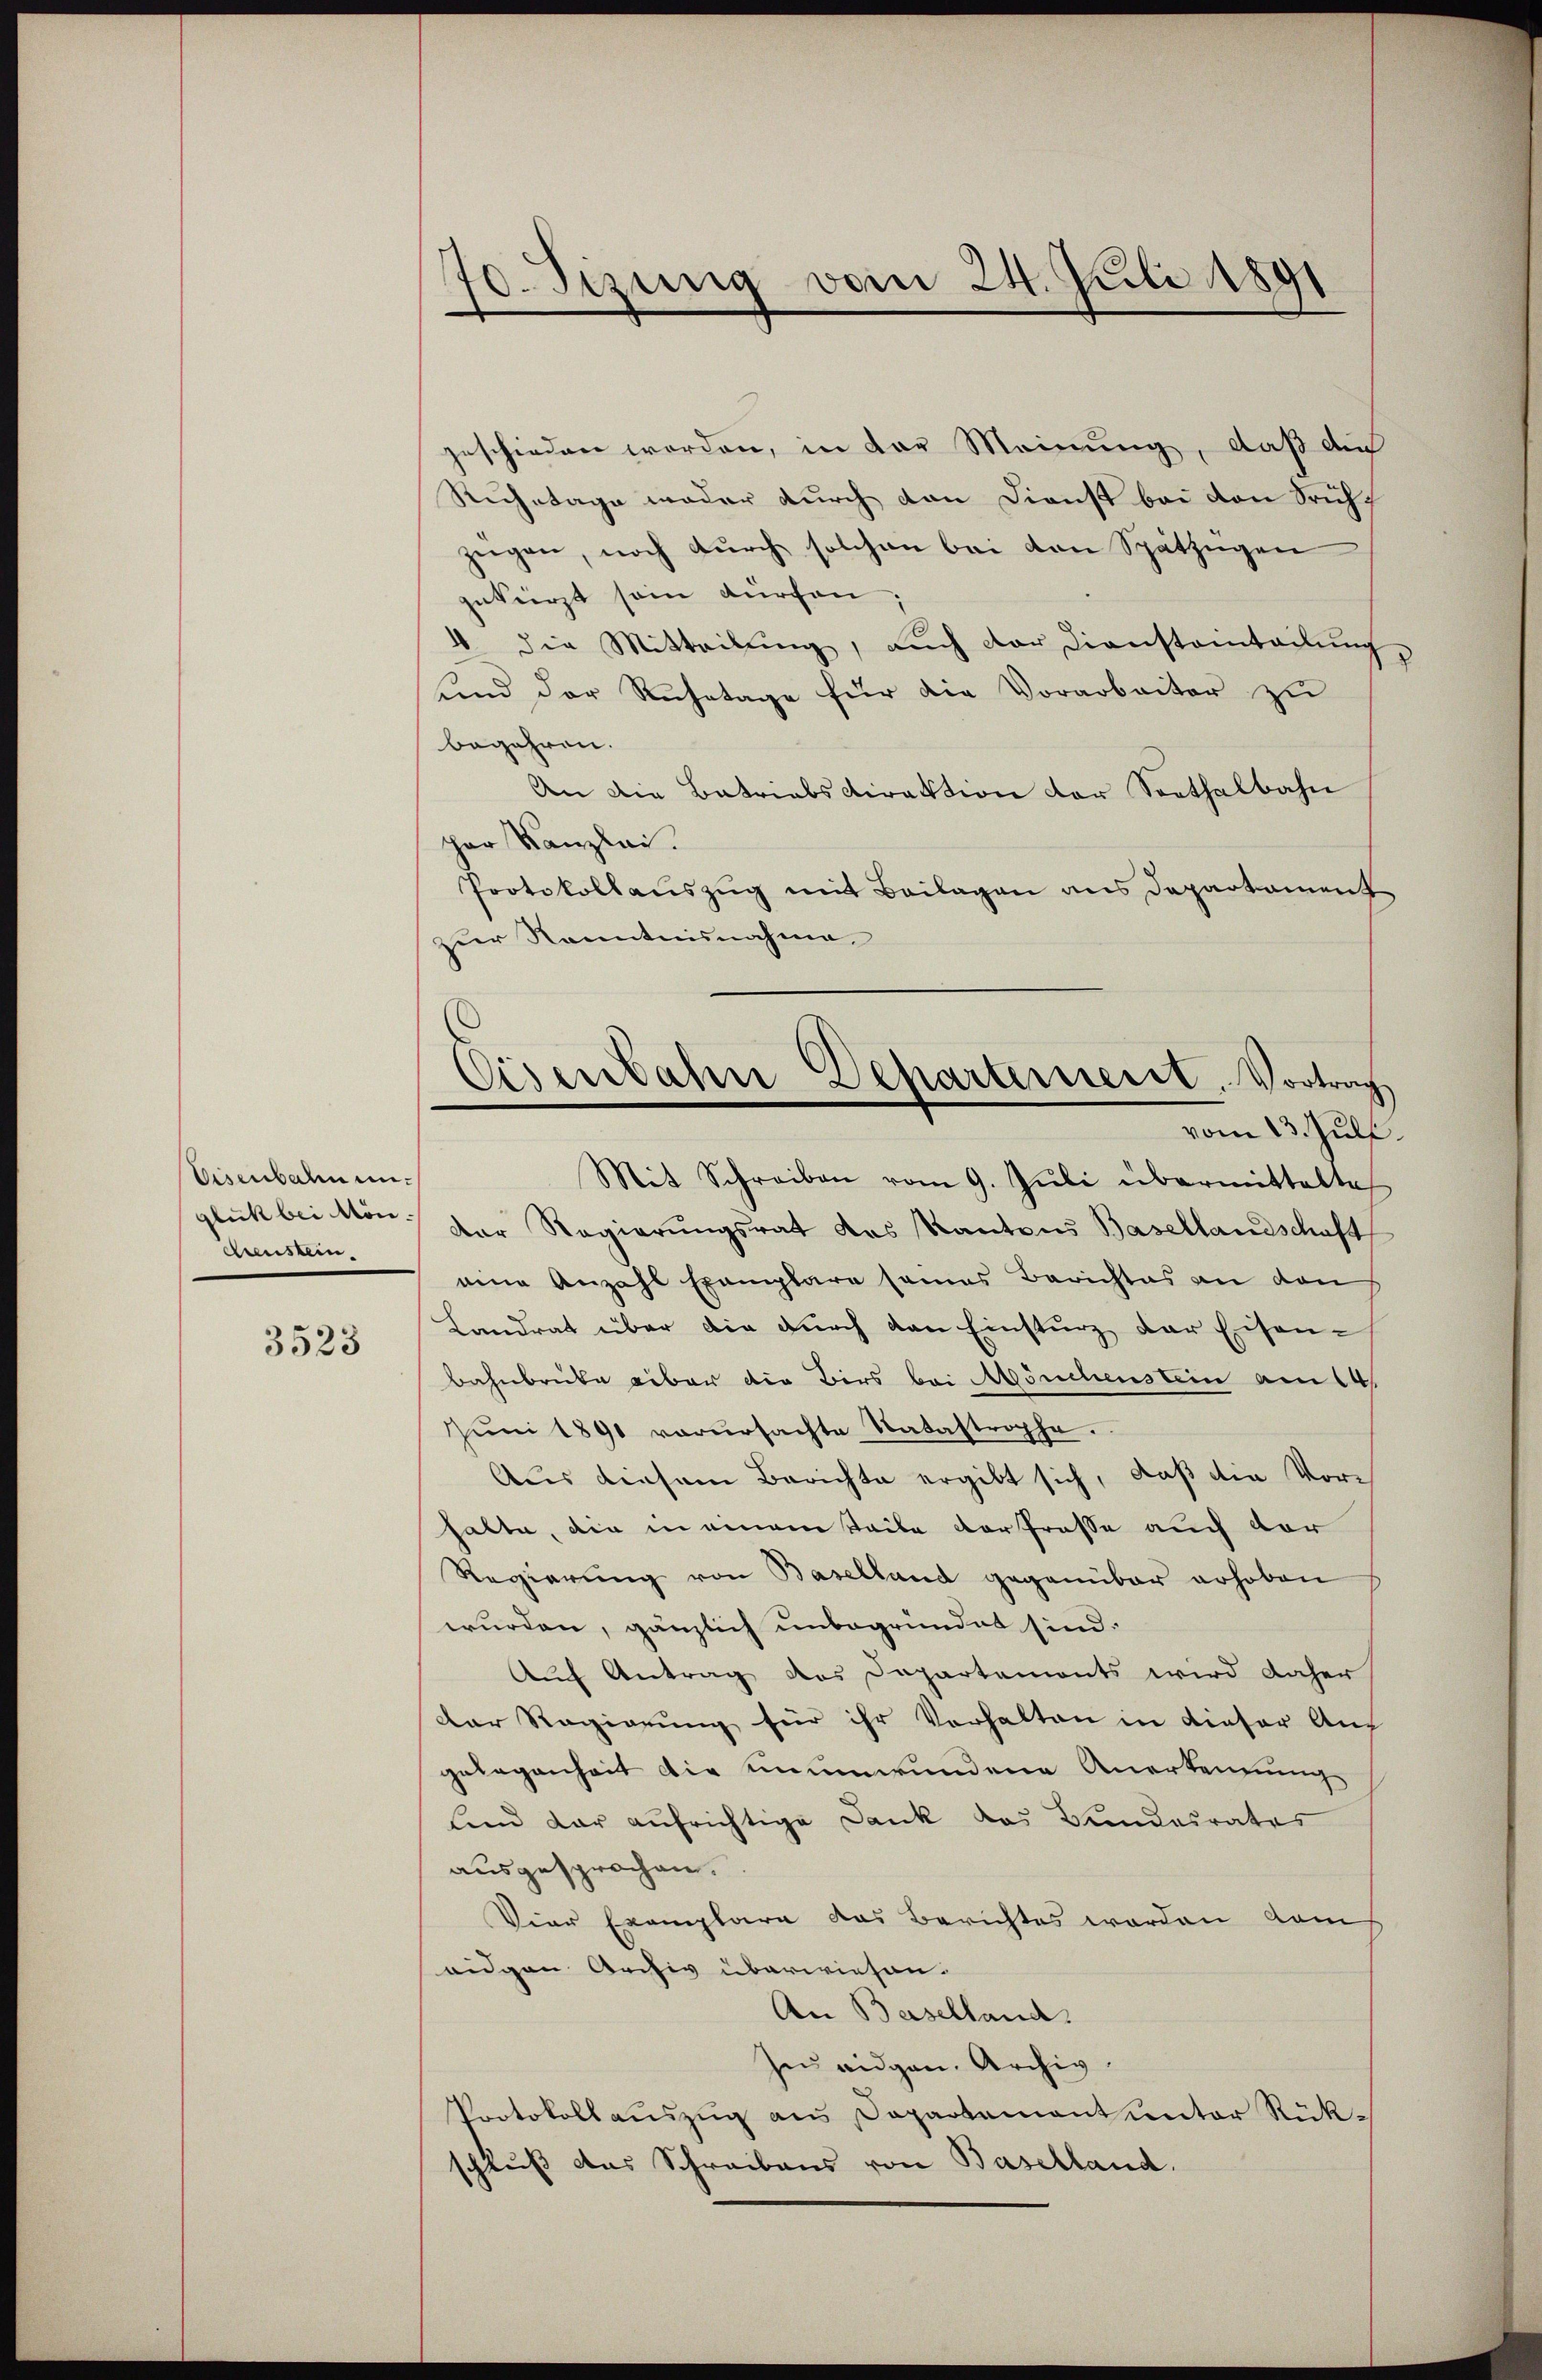
Eisenbahn unchenstein.

3523

70. Sizung vom 24. Juli 1891

geschieden worden, in der Meinung, daß die
Ruhetage weder durch den Dienst bei den Sich
zügen, noch durch solchen bei den Spätzügen
gekürzt sein dürchen:
4. die Mitteilŭng, aŭch der Diensteinteilŭng
find der Ruhetage für die Vorarbeiter zŭ
begehren.
An die Betriebsdirektion der Sorthalbahn
cher Kanzlei.
Protokollauszug mit Beilagen aus Departament
zur Kenntnisnahme
Mit Schreiben vom 9. Jŭli übermittelte
glich bei von der Regierungsrat das Kantons Basellandschaft
eine Anzahl Exemplare seines Berichtes an dan
Landrat über die dŭrch von Einsturz der Eisen¬
Bahnbrücke aber die Birs bei Mönchenstein am 14.
Jŭni 1891 verŭrsachte Natastrophe.
Aus diesem Berichte ergibt sich, daß die Vorhalte, die in einem Teile der frosse auch vor
Regierung von Baselland gegenüber erhoben
wurden, gänzlich unbegründet sind.
Auf Antrag des Departemonts wird daher
Der Regierung für ihr Verhalten in dieser Auf
gelegenheit die unumwundene Anerkennung
Und dar aufrichtige Dank das Bundesrates
ausgesprochen.
Viar Exemplare das Berichtes worden dah
eigen Archiv überwiesen.
An Baselland.
Zu eidgen. Archiv.
Protokollauszug aus Departement unter Rückschluß das Schreibens von Baselland.

Eisenbahn Departement. Vortrag
vom 13. Juli.